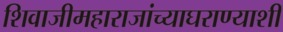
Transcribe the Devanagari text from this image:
शिवाजीमहाराजांच्याघराण्याशी